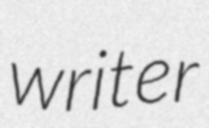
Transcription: writer